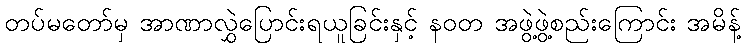
တပ်မတော်မှ အာဏာလွှဲပြောင်းရယူခြင်းနှင့် နဝတ အဖွဲ့ဖွဲ့စည်းကြောင်း အမိန့်